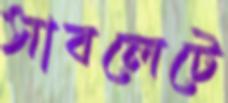
সাবলেটে